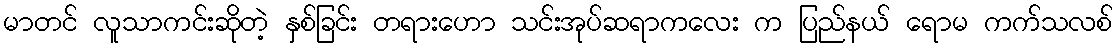
မာတင် လူသာကင်းဆိုတဲ့ နှစ်ခြင်း တရားဟော သင်းအုပ်ဆရာကလေး က ပြည်နယ် ရောမ ကက်သလစ်